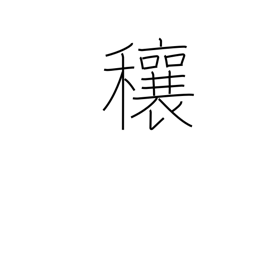
Meaning: abundance